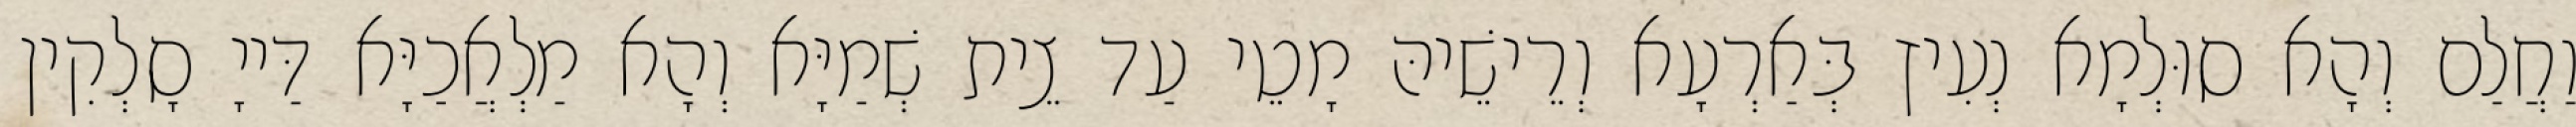
וַחֲלַם וְהָא סוּלְמָא נְעִיץ בְּאַרְעָא וְרֵישֵׁיהּ מָטֵי עַד צֵית שְׁמַיָּא וְהָא מַלְאֲכַיָּא דַּייָ סָלְקִין